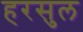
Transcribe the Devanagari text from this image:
हरसुल